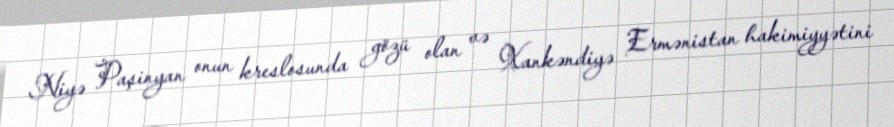
Niyə Paşinyan onun kreslosunda gözü olan və Xankəndiyə Ermənistan hakimiyyətini